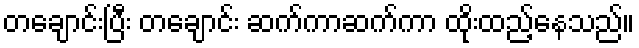
တချောင်းပြီး တချောင်း ဆက်ကာဆက်ကာ ထိုးထည့်နေသည်။